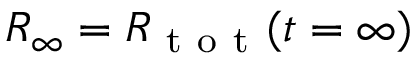
R _ { \infty } = R _ { \mathrm { ~ t ~ o ~ t ~ } } ( t = \infty )